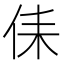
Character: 㑍